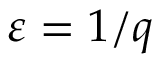
\; \varepsilon = 1 / q